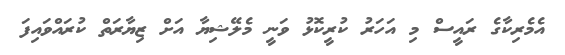
އެމެރިކާގެ ރައީސް މި އަހަރު ކުރީކޮޅު ވަނީ މެލޭޝިޔާ އަށް ޒިޔާރަތް ކުރައްވައިފަ